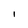
Character: l